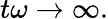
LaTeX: t\omega\rightarrow\infty.